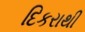
દિકરાથી